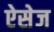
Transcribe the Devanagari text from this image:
ऐसेज